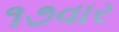
૧૭વાર